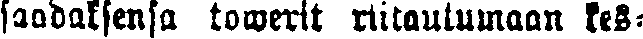
saadaksensa towerit riitautumaan kes-